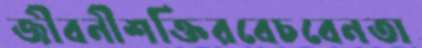
জীবনীশক্তিরবেচবেনতা